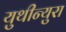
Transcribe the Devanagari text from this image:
युथीन्युरा